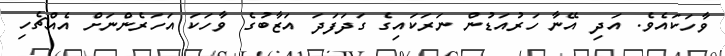
ވާހަކައެވެ. އަދި އޭނާ ހަރުއަޑުން ނަރަކައިގެ ގަދަފަދަ އަޒާބުގެ ވާހަކަ އަހަރެންނަށް އެއްޗެހި